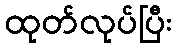
ထုတ်လုပ်ပြီး